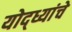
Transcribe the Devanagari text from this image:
योद्ध्यांचे